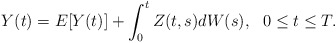
\begin{align*} Y(t) =E[Y(t)] + \int_0^t Z(t,s)dW(s), \ \ 0\leq t\leq T.\end{align*}